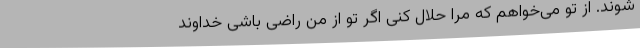
شوند. از تو می‌خواهم که مرا حلال کنی اگر تو از من راضی باشی خداوند